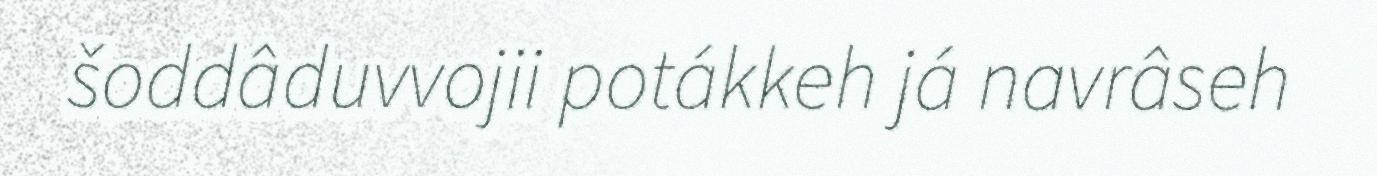
šoddâduvvojii potákkeh já navrâseh